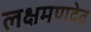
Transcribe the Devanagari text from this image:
लक्षमणदेव